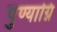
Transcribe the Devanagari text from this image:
पुण्याग्नि